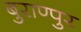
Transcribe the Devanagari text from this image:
बुराण्पुर